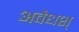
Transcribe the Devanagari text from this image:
अवैधश्